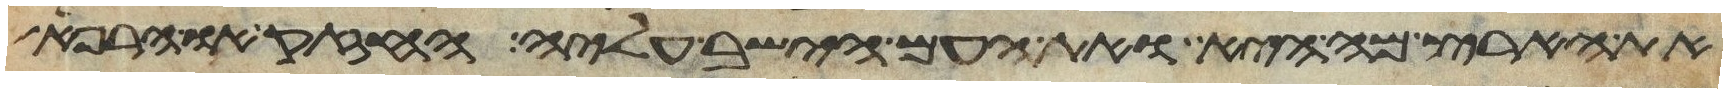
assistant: את הארץ מה היא ואת העם הישב עליה החזק או הרפא